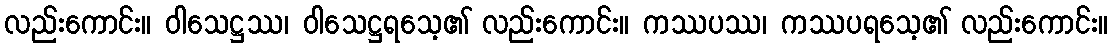
လည်းကောင်း။ ဝါသေဋ္ဌဿ၊ ဝါသေဋ္ဌရသေ့၏ လည်းကောင်း။ ကဿပဿ၊ ကဿပရသေ့၏ လည်းကောင်း။